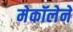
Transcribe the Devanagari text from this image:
मेकॉलेने